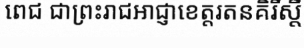
ពេជ ជាព្រះរាជអាជ្ញាខេត្តរតនគិរីស្តី